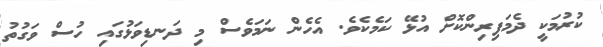
ކުރުމަކީ ދެމަފިރިންކޮށް އުޅޭ ކަމެކެވެ. އެހެން ނަމަވެސް މި ދަނޑިވަޅުގައި ހުސް ވަގުތު